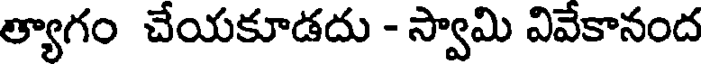
త్యాగం చేయకూడదు - స్వామి వివేకానంద